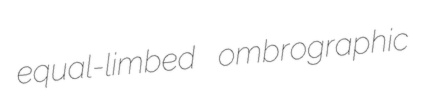
equal-limbed ombrographic